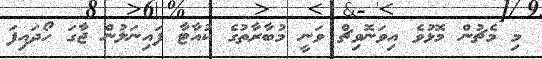
މި މެޗުން މޮޅުވެ އިވަނޮވިޗް ވަނީ މުބާރާތުގެ ކުއާޓާ ފައިނަލުން ޖާގަ ހޯދައިފަ